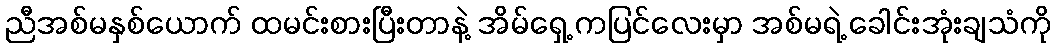
ညီအစ်မနှစ်ယောက် ထမင်းစားပြီးတာနဲ့ အိမ်ရှေ့ ကပြင်လေးမှာ အစ်မရဲ့ ခေါင်းအုံးချသံကို